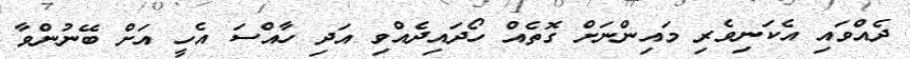
ދެއްވައި އެކަނިވެރި މައިންނަށް ގޮތެއް ހޯދައިދެއްވި އަދި ހާއްސަ އެހީ އަށް ބޭނުންވާ